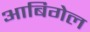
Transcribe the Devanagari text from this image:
आबिगेल